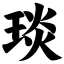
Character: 琰